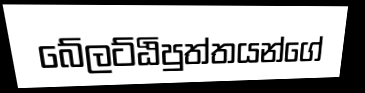
බේලට්ඨිපුත්තයන්ගේ